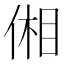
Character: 𪝋